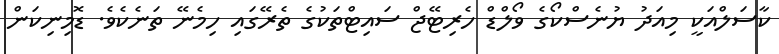
ކާސަލްއަކީ މިއަދު ޔުނެސްކޯގެ ވޯލްޑް ހެރިޓޭޖް ސައިޓްތަކުގެ ތެރޭގައި ހިމެނޭ ތަނެކެވެ. ޑޮމިނިކަން